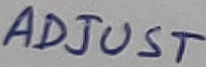
Text: ADJUST